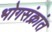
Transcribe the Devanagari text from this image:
भोगसंक्रांत